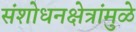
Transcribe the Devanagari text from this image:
संशोधनक्षेत्रांमुळे